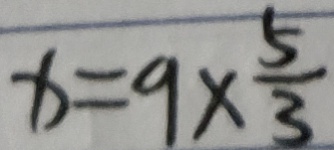
x = 9 \times \frac { 5 } { 3 }